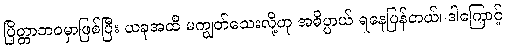
ပြိတ္တာဘဝမှာဖြစ်ပြီး ယခုအထိ မကျွတ်သေးလို့ဟု အဓိပ္ပာယ် ရနေပြန်တယ်၊ ဒါကြောင့်